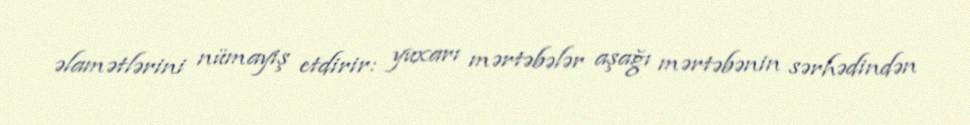
əlamətlərini nümayiş etdirir: yuxarı mərtəbələr aşağı mərtəbənin sərhədindən